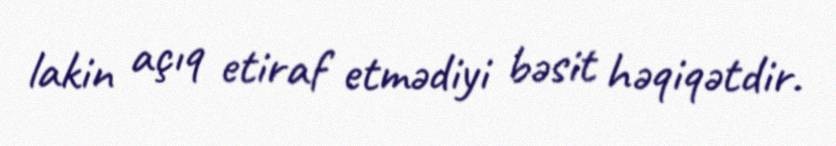
lakin açıq etiraf etmədiyi bəsit həqiqətdir.